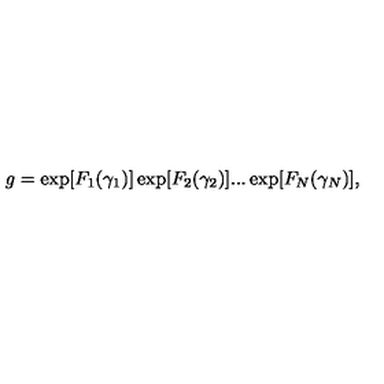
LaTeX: g = \exp [ F _ { 1 } ( \gamma _ { 1 } ) ] \exp [ F _ { 2 } ( \gamma _ { 2 } ) ] . . . \exp [ F _ { N } ( \gamma _ { N } ) ] ,